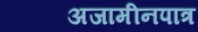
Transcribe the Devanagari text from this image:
अजामीनपात्र